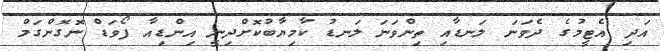
އަދި އެޓީމުގެ ދެވަނަ ލަނޑާއި ތިންވަނަ ލަނޑު ކާމިޔާބުކޮށްދިނީ އިންޑިއާ ފޯވަޑް ނޮގޮންގަމް